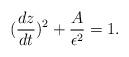
LaTeX: \begin{align*}({dz \over dt})^{2} + {A \over \epsilon^{2}} = 1.\end{align*}